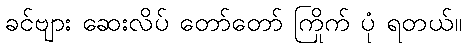
ခင်ဗျား ဆေးလိပ် တော်တော် ကြိုက် ပုံ ရတယ်။